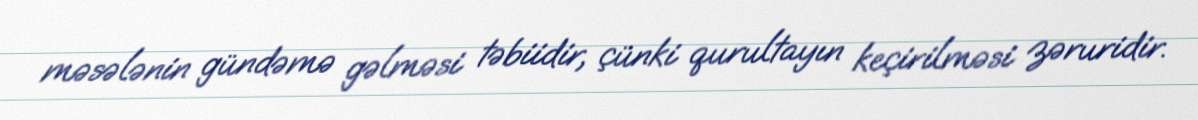
məsələnin gündəmə gəlməsi təbiidir, çünki qurultayın keçirilməsi zəruridir.